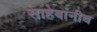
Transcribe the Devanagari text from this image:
साहेबांनीच